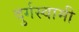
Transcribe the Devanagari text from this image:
दुर्गस्वामी